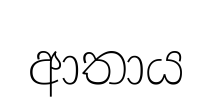
ආතාය